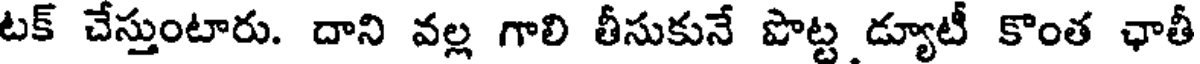
టక్ చేస్తుంటారు. దాని వల్ల గాలి తీసుకునే పొట్ట డ్యూటీ కొంత ఛాతీ